Annual report on the working of the mental hospitals in the Madras Presidency - 1912-1932
Year: 1912
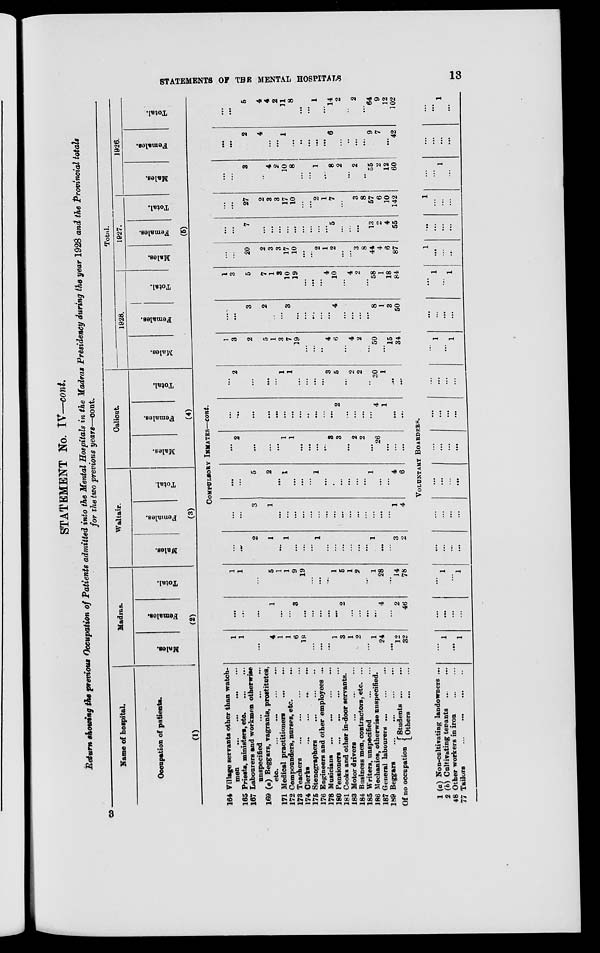
STATEMENTS OF THE MENTAL HOSPITALS
13
STATEMENT No. IV—cont.
Return showing the previous Occupation of Patients admitted into the Mental Hospitals in the Madras Presidency during the year 1928 and the Provincial totals
for the two previous years—cont.
Name of hospital.
Occupation of patients.
(1)
Madras.
Males.
Females.
Total.
(2)
Waltair.
Males.
Females.
Total.
(3)
Calicut.
Males.
Females.
Total.
(4)
Total.
1928.
Males.
Females.
Total.
1927.
Males.
Females.
Total.
1926.
Males.
Females.
Total.
(5)
COMPULSORY INMATES—cont.
164 Village servants other than watch¬
men
...
...
...
...
165 Priests, ministers, etc. ... ...
167 Labourers and workmen otherwise
unspecified
...
...
...
169 (a) Beggars, vagrants, prostitutes,
etc.
...
...
...
...
171 Medical practitioners ... ...
172 Compounders, nurses, etc.
173 Teachers
...
...
...
174 Clerks
...
...
...
...
175 Stenographers
...
...
176 Engineers and other employees ...
178 Musicians
...
...
...
160 Pensioners
...
...
...
181 Cooks and other in-door servants.
183 Motor drivers
...
...
...
184 Business men, contractors, etc. ...
185 Writers, unspecified ... ... ...
186 Mechanics, otherwise unspecified.
187 General labourers
...
...
...
189 Beggars
...
...
...
Of no occupation
Students... ...
Others ... ... ...
1
1
...
4
1
1
6
19
...
...
...
1
3
1
2
...
1
24
...
12
32
...
...
...
1
...
...
3
...
...
...
...
...
2
...
...
...
...
4
...
2
46
1
1
...
5
1
1
9
19
...
...
...
1
5
1
2
...
1
28
...
14
78
...
...
2
1
...
1
...
...
...
1
...
...
...
...
...
...
1
...
...
3
2
...
...
3
1
...
...
...
...
...
...
...
...
...
...
...
...
...
...
...
1
4
...
...
5
2
...
1
...
...
...
1
...
...
...
...
...
...
1
...
...
4
6
...
2
...
...
...
1
1
...
...
...
...
3
3
...
2
2
...
26
...
...
...
...
...
...
...
...
...
...
...
...
...
...
...
2
...
...
...
...
4
1
...
...
...
2
...
...
...
1
1
...
...
...
...
3
5
...
2
2
..
30
1
...
...
1
3
2
5
1
3
7
19
...
...
..
4
6
...
4
2
...
50
...
15
34
...
...
3
2
...
...
3
...
...
...
...
...
4
...
...
...
...
8
1
3
50
1
3
5
7
1
3
10
19
...
...
...
4
10
...
4
2
...
58
1
18
84
...
...
20
2
3
3
17
10
...
...
2
1
2
...
...
3
8
44
4
6
87
...
...
7
...
...
...
...
...
...
...
...
...
5
...
...
...
...
13
2
4
55
...
...
27
2
3
3
17
10
...
...
2
1
7
...
...
3
8
57
6
10
142
...
...
3
...
4
2
10
8
...
...
1
...
8
2
...
2
...
55
2
12
60
...
...
2
4
...
...
1
...
..
...
...
...
6
...
..
...
...
9
7
...
42
...
...
5
4
4
2
11
8
...
...
1
...
14
2
..
2
...
64
9
12
102
VOLUNTARY BOARDERS.
1 (a) Non-cultivating landowners ...
2 (b) Cultivating tenants ... ... ...
48 Other workers in iron ... ...
77 Tailors
...
...
...
...
1
...
1
...
...
...
...
...
1
...
1
...
...
...
...
...
...
...
...
...
...
...
...
...
...
...
...
...
...
...
...
...
...
...
...
...
1
...
1
...
...
...
...
...
1
...
1
1
...
...
...
...
...
...
...
1
...
...
...
...
...
1
...
...
...
...
...
...
...
1
...
3